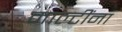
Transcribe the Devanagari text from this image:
माल्टींना